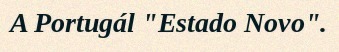
A Portugál "Estado Novo".